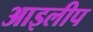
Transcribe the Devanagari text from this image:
आइलीप